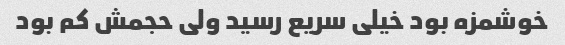
خوشمزه بود خیلی سریع رسید ولی حجمش کم بود